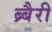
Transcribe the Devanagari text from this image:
ब्र्बैरी